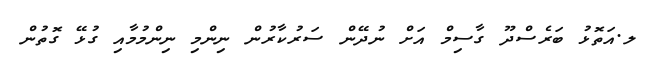
ލ.އަތޮޅު ބަރެސްދޫ ގާސިމް އަށް ނުދޭން ސަރުކާރުން ނިންމި ނިންމުމާއި ގުޅޭ ގޮތުން